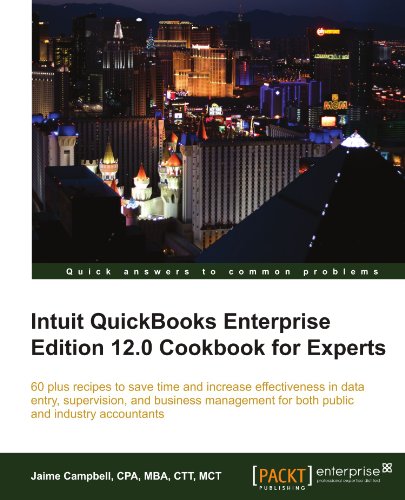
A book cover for Intuit QuickBooks Enterprise Edition 12.0 Cookbook for Experts; Jaime Campbell; Computers & Technology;